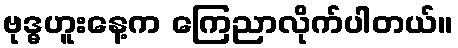
ဗုဒ္ဓဟူးနေ့က ကြေညာလိုက်ပါတယ်။